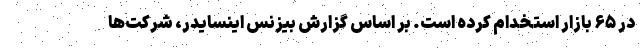
در ۶۵ بازار استخدام کرده است. بر اساس گزارش بیزنس اینسایدر، شرکت‌ها